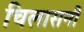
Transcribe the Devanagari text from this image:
चिलासनी